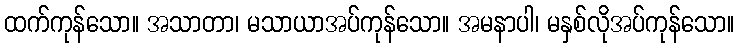
ထက်ကုန်သော။ အသာတာ၊ မသာယာအပ်ကုန်သော။ အမနာပါ၊ မနှစ်လိုအပ်ကုန်သော။